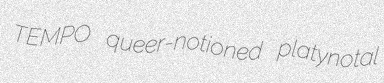
TEMPO queer-notioned platynotal